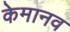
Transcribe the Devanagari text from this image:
केमानव